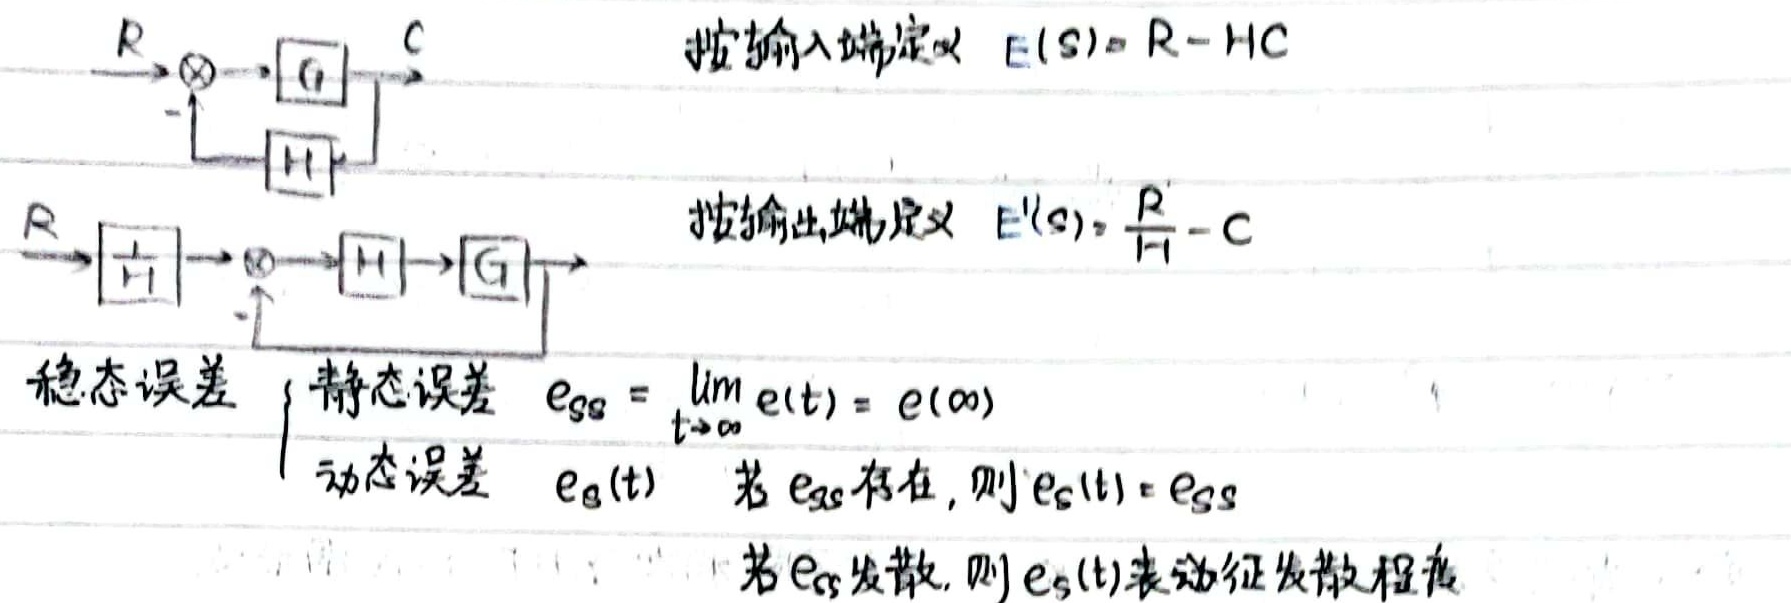
按输入端定义 \(E(s)=R - HC\)
按输出端定义 \(E'(s)=\frac{R}{H}-C\)
稳态误差
\(\begin{cases}
\text{静态误差} & e_{ss}=\lim_{t\rightarrow\infty}e(t)=e(\infty)\\
\text{动态误差} & e_{s}(t) \text{ 若 } e_{ss} \text{ 存在，则 } e_{s}(t)=e_{ss}\\
& \text{若 } e_{ss} \text{ 发散，则 } e_{s}(t) \text{ 表征发散程度}
\end{cases}\)